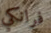
فرانكي